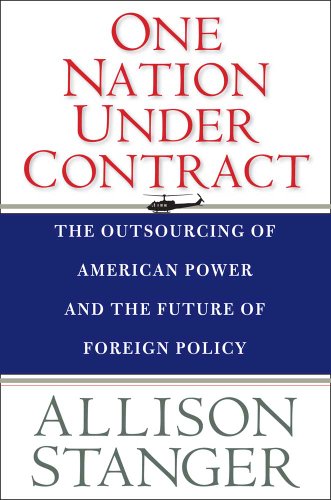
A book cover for One Nation Under Contract: The Outsourcing of American Power and the Future of Foreign Policy; Allison Stanger; Business & Money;